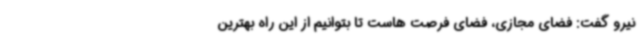
نیرو گفت: فضای مجازی، فضای فرصت هاست تا بتوانیم از این راه بهترین